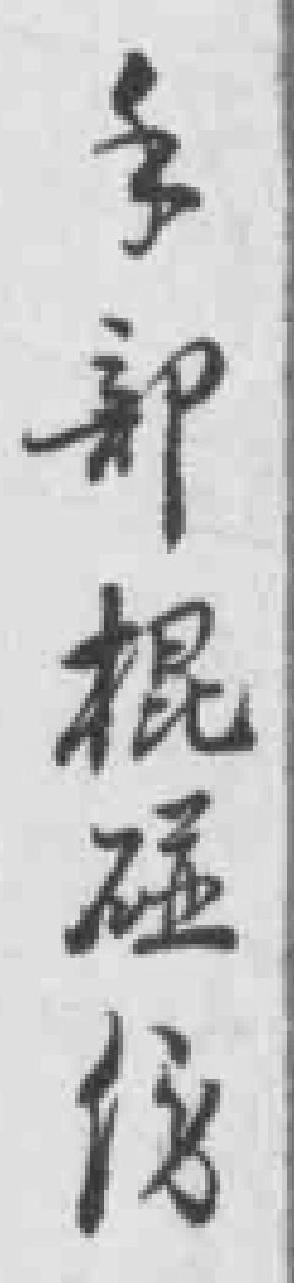
手部棍碰伤